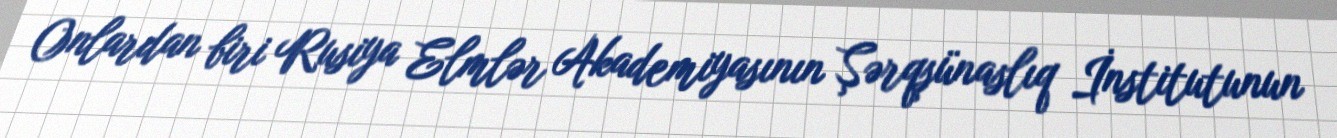
Onlardan biri Rusiya Elmlər Akademiyasının Şərqşünaslıq İnstitutunun